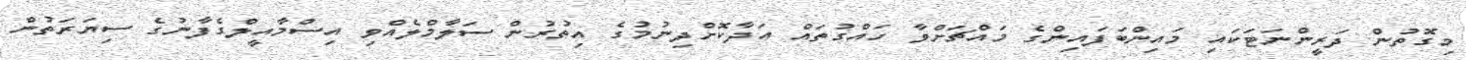
މިގޮތުން ދަރީންނަޓަކައި މައިންބަފައިންގެ މައްޗަށްވާ ހައްގުތައް އަދާކޮށްދިނުމުގެ އިތުރުން ސަލާމްލެއްވި އިސްމާއީލްގެފާނުގެ ސިޔަރަތުން